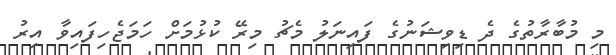
މި މުބާރާތުގެ ދެ ޑިވިޝަނުގެ ފައިނަލު މެޗު މިރޭ ކުޅުމަށް ހަމަޖެހިފައިވާ އިރު